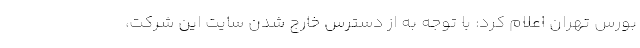
بورس تهران اعلام کرد: با توجه به از دسترس خارج شدن سایت این شرکت،